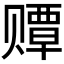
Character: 𫎫